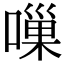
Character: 𠻥